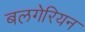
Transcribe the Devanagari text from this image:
बलगेरियन